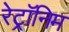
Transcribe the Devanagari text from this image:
रेट्रॉनिम